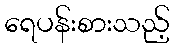
ရေပန်းစားသည့်